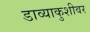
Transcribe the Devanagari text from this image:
डाव्याकुशीवर